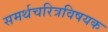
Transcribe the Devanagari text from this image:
समर्थचरित्रविषयक